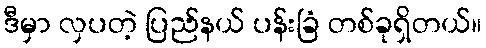
ဒီမှာ လှပတဲ့ ပြည်နယ် ပန်းခြံ တစ်ခုရှိတယ်။